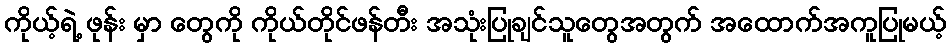
ကိုယ့်ရဲ့ ဖုန်း မှာ တွေကို ကိုယ်တိုင်ဖန်တီး အသုံးပြုချင်သူတွေအတွက် အထောက်အကူပြုမယ့်